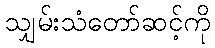
သျှမ်းသံတော်ဆင့်ကို